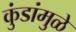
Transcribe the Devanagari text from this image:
कुंडांमुळे